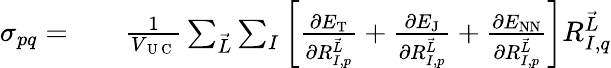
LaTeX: \begin{array}{rl}{\sigma_{pq}=}&{{}\phantom{+}~\frac{1}{V_{\mathrm{~U~C~}}}\sum_{\vec{L}}\sum_{I}\left[\frac{\partial E_{\textrm{T}}}{\partial R_{I,p}^{\vec{L}}}+\frac{\partial E_{\textrm{J}}}{\partial R_{I,p}^{\vec{L}}}+\frac{\partial E_{\textrm{NN}}}{\partial R_{I,p}^{\vec{L}}}\right]R_{I,q}^{\vec{L}}}\end{array}